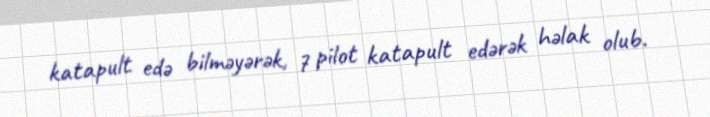
katapult edə bilməyərək, 7 pilot katapult edərək həlak olub.